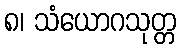
၈၊ သံယောဂသုတ္တ